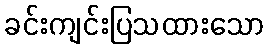
ခင်းကျင်းပြသထားသော